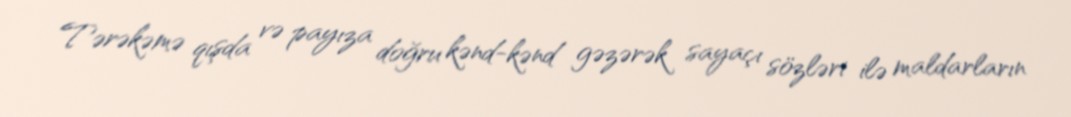
Tərəkəmə qışda və payıza doğru kənd-kənd gəzərək sayaçı sözləri ilə maldarların